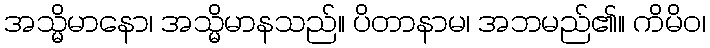
အသ္မိမာနော၊ အသ္မိမာနသည်။ ပိတာနာမ၊ အဘမည်၏။ ကိမိဝ၊